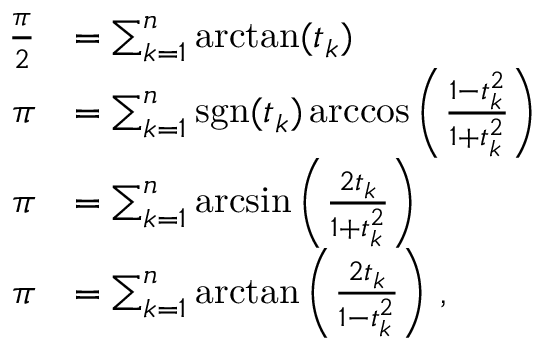
{ \begin{array} { r l } { { \frac { \pi } { 2 } } } & { = \sum _ { k = 1 } ^ { n } \arctan ( t _ { k } ) } \\ { \pi } & { = \sum _ { k = 1 } ^ { n } \operatorname { s g n } ( t _ { k } ) \operatorname { a r c c o s } \left( { \frac { 1 - t _ { k } ^ { 2 } } { 1 + t _ { k } ^ { 2 } } } \right) } \\ { \pi } & { = \sum _ { k = 1 } ^ { n } \arcsin \left( { \frac { 2 t _ { k } } { 1 + t _ { k } ^ { 2 } } } \right) } \\ { \pi } & { = \sum _ { k = 1 } ^ { n } \arctan \left( { \frac { 2 t _ { k } } { 1 - t _ { k } ^ { 2 } } } \right) \, , } \end{array} }